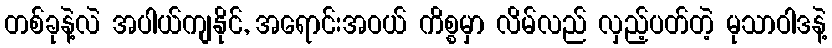
တစ်ခုနဲ့လဲ အပါယ်ကျနိုင်, အရောင်းအဝယ် ကိစ္စမှာ လိမ်လည် လှည့်ပတ်တဲ့ မုသာဝါဒနဲ့